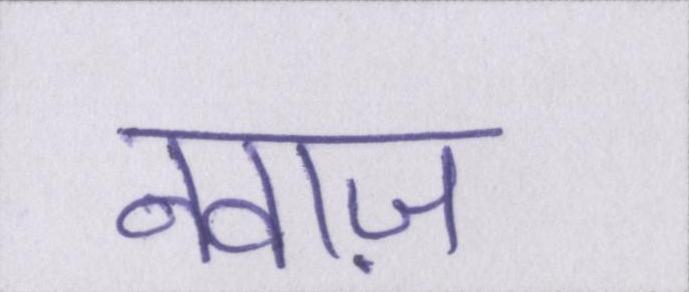
नवाज़